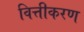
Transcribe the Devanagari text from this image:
वित्तीकरण